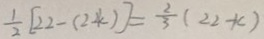
\frac { 1 } { 2 } [ 2 2 - ( 2 2 k ) ] = \frac { 2 } { 3 } ( 2 2 - k )